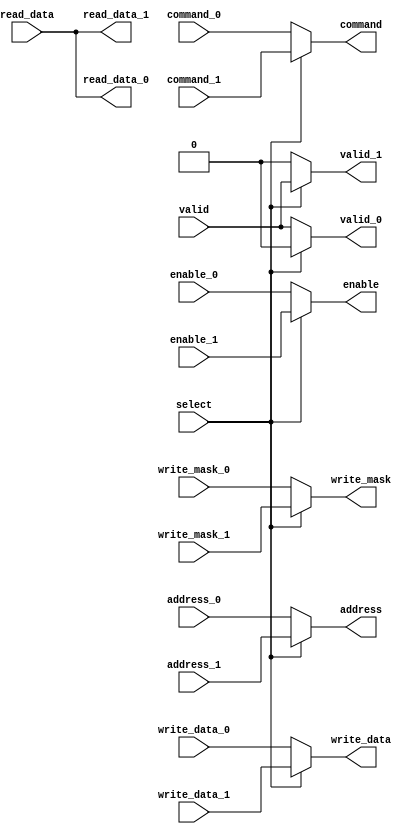
/* 
 * Copyright (c) 2013, Quan Nguyen
 * All rights reserved.
 * 
 * Redistribution and use in source and binary forms, with or without modification,
 * are permitted provided that the following conditions are met:
 * 
 *     Redistributions of source code must retain the above copyright notice, this
 * list of conditions and the following disclaimer.
 *     Redistributions in binary form must reproduce the above copyright notice,
 * this list of conditions and the following disclaimer in the documentation and/or
 * other materials provided with the distribution.
 * 
 * THIS SOFTWARE IS PROVIDED BY THE COPYRIGHT HOLDERS AND CONTRIBUTORS "AS IS" AND
 * ANY EXPRESS OR IMPLIED WARRANTIES, INCLUDING, BUT NOT LIMITED TO, THE IMPLIED
 * WARRANTIES OF MERCHANTABILITY AND FITNESS FOR A PARTICULAR PURPOSE ARE
 * DISCLAIMED. IN NO EVENT SHALL THE COPYRIGHT HOLDER OR CONTRIBUTORS BE LIABLE FOR
 * ANY DIRECT, INDIRECT, INCIDENTAL, SPECIAL, EXEMPLARY, OR CONSEQUENTIAL DAMAGES
 * (INCLUDING, BUT NOT LIMITED TO, PROCUREMENT OF SUBSTITUTE GOODS OR SERVICES;
 * LOSS OF USE, DATA, OR PROFITS; OR BUSINESS INTERRUPTION) HOWEVER CAUSED AND ON
 * ANY THEORY OF LIABILITY, WHETHER IN CONTRACT, STRICT LIABILITY, OR TORT
 * (INCLUDING NEGLIGENCE OR OTHERWISE) ARISING IN ANY WAY OUT OF THE USE OF THIS
 * SOFTWARE, EVEN IF ADVISED OF THE POSSIBILITY OF SUCH DAMAGE.
 */

module memory_mux (
	input select,

	input enable_0,
	input command_0,
	input [31:0] address_0,
	input [31:0] write_data_0,
	input [3:0]  write_mask_0,
	output [31:0] read_data_0,
	output valid_0,
	
	input enable_1,
	input command_1,
	input [31:0] address_1,
	input [31:0] write_data_1,
	input [3:0]  write_mask_1,
	output [31:0] read_data_1,
	output valid_1,

	output enable,
	output command,
	output [31:0] address,
	output [31:0] write_data,
	output [3:0] write_mask,
	input [31:0] read_data,
	input valid
);

	assign enable = select ? enable_1 : enable_0;
	assign command = select ? command_1 : command_0;
	assign address = select ? address_1 : address_0;
	assign write_data = select ? write_data_1 : write_data_0;
	assign write_mask = select ? write_mask_1 : write_mask_0;
	assign read_data_1 = read_data;
	assign read_data_0 = read_data;
	assign valid_1 =  select ? valid : 1'b0;
	assign valid_0 = !select ? valid : 1'b0;

endmodule